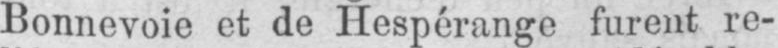
Bonnevoie et de Hespérange furent re-